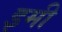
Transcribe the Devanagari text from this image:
इमी